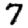
Digit: 7